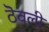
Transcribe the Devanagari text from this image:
ठॆवली